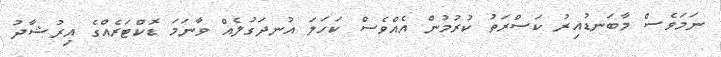
ނަމަވެސް މާބަނޑުއިރު ކަސްރަތު ކުރުމުން އެއްވެސް ކަހަލަ އުނދަގުލެއް ވާނަމަ ޑޮކްޓަރެއްގެ އިރުޝާދު